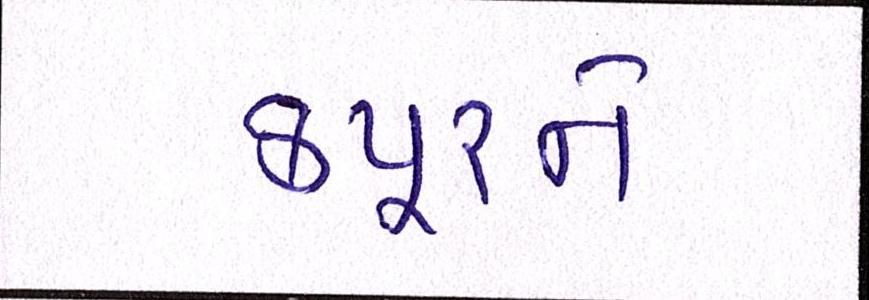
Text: કપૂરને